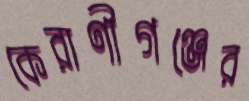
কেরাণীগঞ্জের